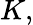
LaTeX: K,